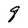
Character: q